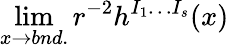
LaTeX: \operatorname*{lim}_{x\to bnd.}r^{-2}h^{I_{1}\ldots I_{s}}(x)